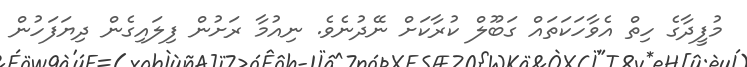
މުފީދާގެ ހިތްް އެވާހަކަތައް ގަބޫލް ކުރާކަށް ނޭދުނެވެ. ނިއުމާ ރަށުން ފިލައިގެން ދިޔަފަހުން